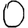
Digit: 0